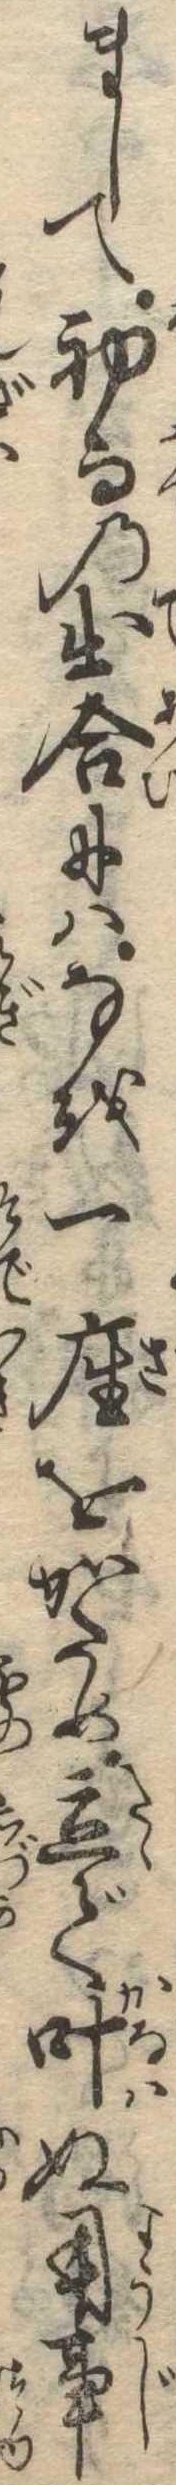
まして初而の出合にはなを一座をかため立で叶ぬ用事